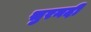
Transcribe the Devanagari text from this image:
सुरनदी